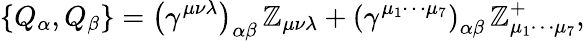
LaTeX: \left\{ Q_{\alpha},Q_{\beta}\right\} =\left(\gamma^{\mu\nu\lambda}\right)_{\alpha\beta}\, \mathbb{Z}_{\mu\nu\lambda}+\left(\gamma^{\mu_{1}\cdots\mu_{7}}\right)_{\alpha\beta}\, \mathbb{Z}_{\mu_{1}\cdots\mu_{7}}^{+},